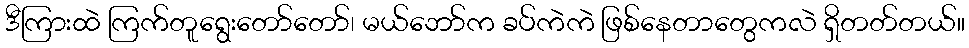
ဒီကြားထဲ ကြက်တူရွေးတော်တော်၊ မယ်ဘော်က ခပ်ကဲကဲ ဖြစ်နေတာတွေကလဲ ရှိတတ်တယ်။